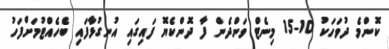
ކޮންމެ ދުވަހަކު 10-15 މިނެޓް ވަންދެން ފާ ދޮންކެޔޮ ފައިގައި އުނގުޅާފައި ބެހެއްޓުމަށްފަހު